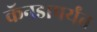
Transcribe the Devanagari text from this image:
कॅनडापर्यंत